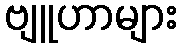
ဗျူဟာများ